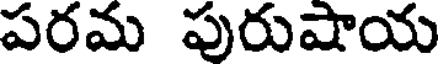
పరమ పురుషాయ